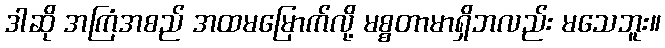
ဒါဆို အကြံအစည် အထမမြောက်လို့ မစ္စတာမာရှိဘလည်း မသေဘူး။